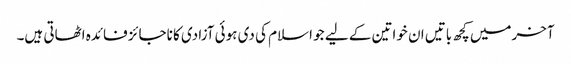
آخرمیں کچھ باتیں ان خواتین کے لیے جو اسلام کی دی ہوئی آزادی کا ناجائز فائدہ اٹھاتی ہیں۔